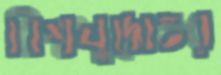
বিশ্বযুদ্ধোত্তর